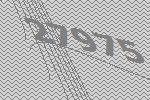
27975